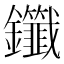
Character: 𫓤